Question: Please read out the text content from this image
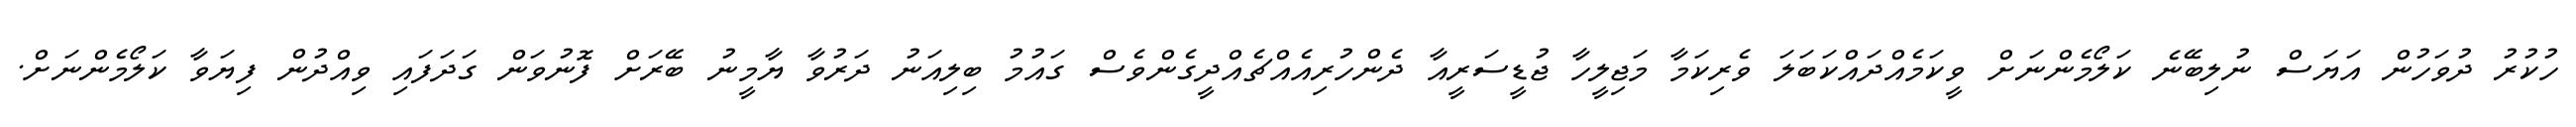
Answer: ހުކުރު ދުވަހުން އަޔަސް ނުލިބޭނެ ކަލޯމެންނަށް ވީކަމެއްދައްކަބަލަ ވެރިކަމާ މަޖިލީހާ ޖުޑީސަރީއާ ދެންހުރިއެއްޗެއްދީގެންވެސް ގައުމު ބިލިއަނު ދަރުވާ ޔާމީނު ބޭރަށް ފޮނުވަން ގަދަފައި ވިއްދުން ފިޔަވާ ކަލޯމެންނަށް.